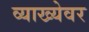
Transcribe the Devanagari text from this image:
व्याख्येवर